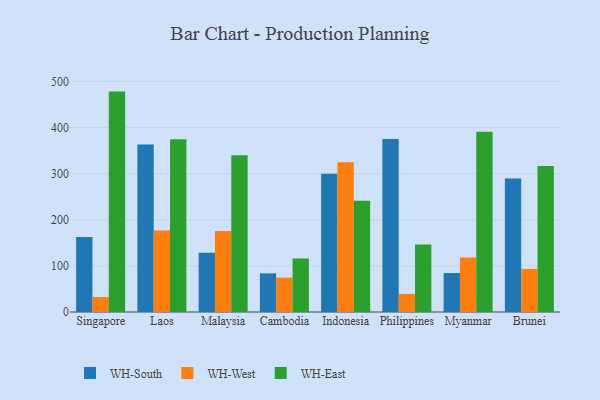
{"axis": {"x": "Country", "y": "LTV (USD)"}, "legend": ["WH-East", "WH-South", "WH-West"], "data": [{"x": "Singapore", "y": 162.6, "type": "WH-South"}, {"x": "Singapore", "y": 32.4, "type": "WH-West"}, {"x": "Singapore", "y": 477.7, "type": "WH-East"}, {"x": "Laos", "y": 363.0, "type": "WH-South"}, {"x": "Laos", "y": 176.5, "type": "WH-West"}, {"x": "Laos", "y": 374.3, "type": "WH-East"}, {"x": "Malaysia", "y": 128.2, "type": "WH-South"}, {"x": "Malaysia", "y": 175.6, "type": "WH-West"}, {"x": "Malaysia", "y": 340.0, "type": "WH-East"}, {"x": "Cambodia", "y": 83.7, "type": "WH-South"}, {"x": "Cambodia", "y": 74.5, "type": "WH-West"}, {"x": "Cambodia", "y": 116.1, "type": "WH-East"}, {"x": "Indonesia", "y": 299.6, "type": "WH-South"}, {"x": "Indonesia", "y": 324.5, "type": "WH-West"}, {"x": "Indonesia", "y": 241.0, "type": "WH-East"}, {"x": "Philippines", "y": 375.0, "type": "WH-South"}, {"x": "Philippines", "y": 39.1, "type": "WH-West"}, {"x": "Philippines", "y": 146.1, "type": "WH-East"}, {"x": "Myanmar", "y": 84.4, "type": "WH-South"}, {"x": "Myanmar", "y": 118.3, "type": "WH-West"}, {"x": "Myanmar", "y": 390.9, "type": "WH-East"}, {"x": "Brunei", "y": 289.5, "type": "WH-South"}, {"x": "Brunei", "y": 93.4, "type": "WH-West"}, {"x": "Brunei", "y": 316.4, "type": "WH-East"}]}